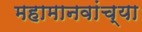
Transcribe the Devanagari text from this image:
महामानवांच्या